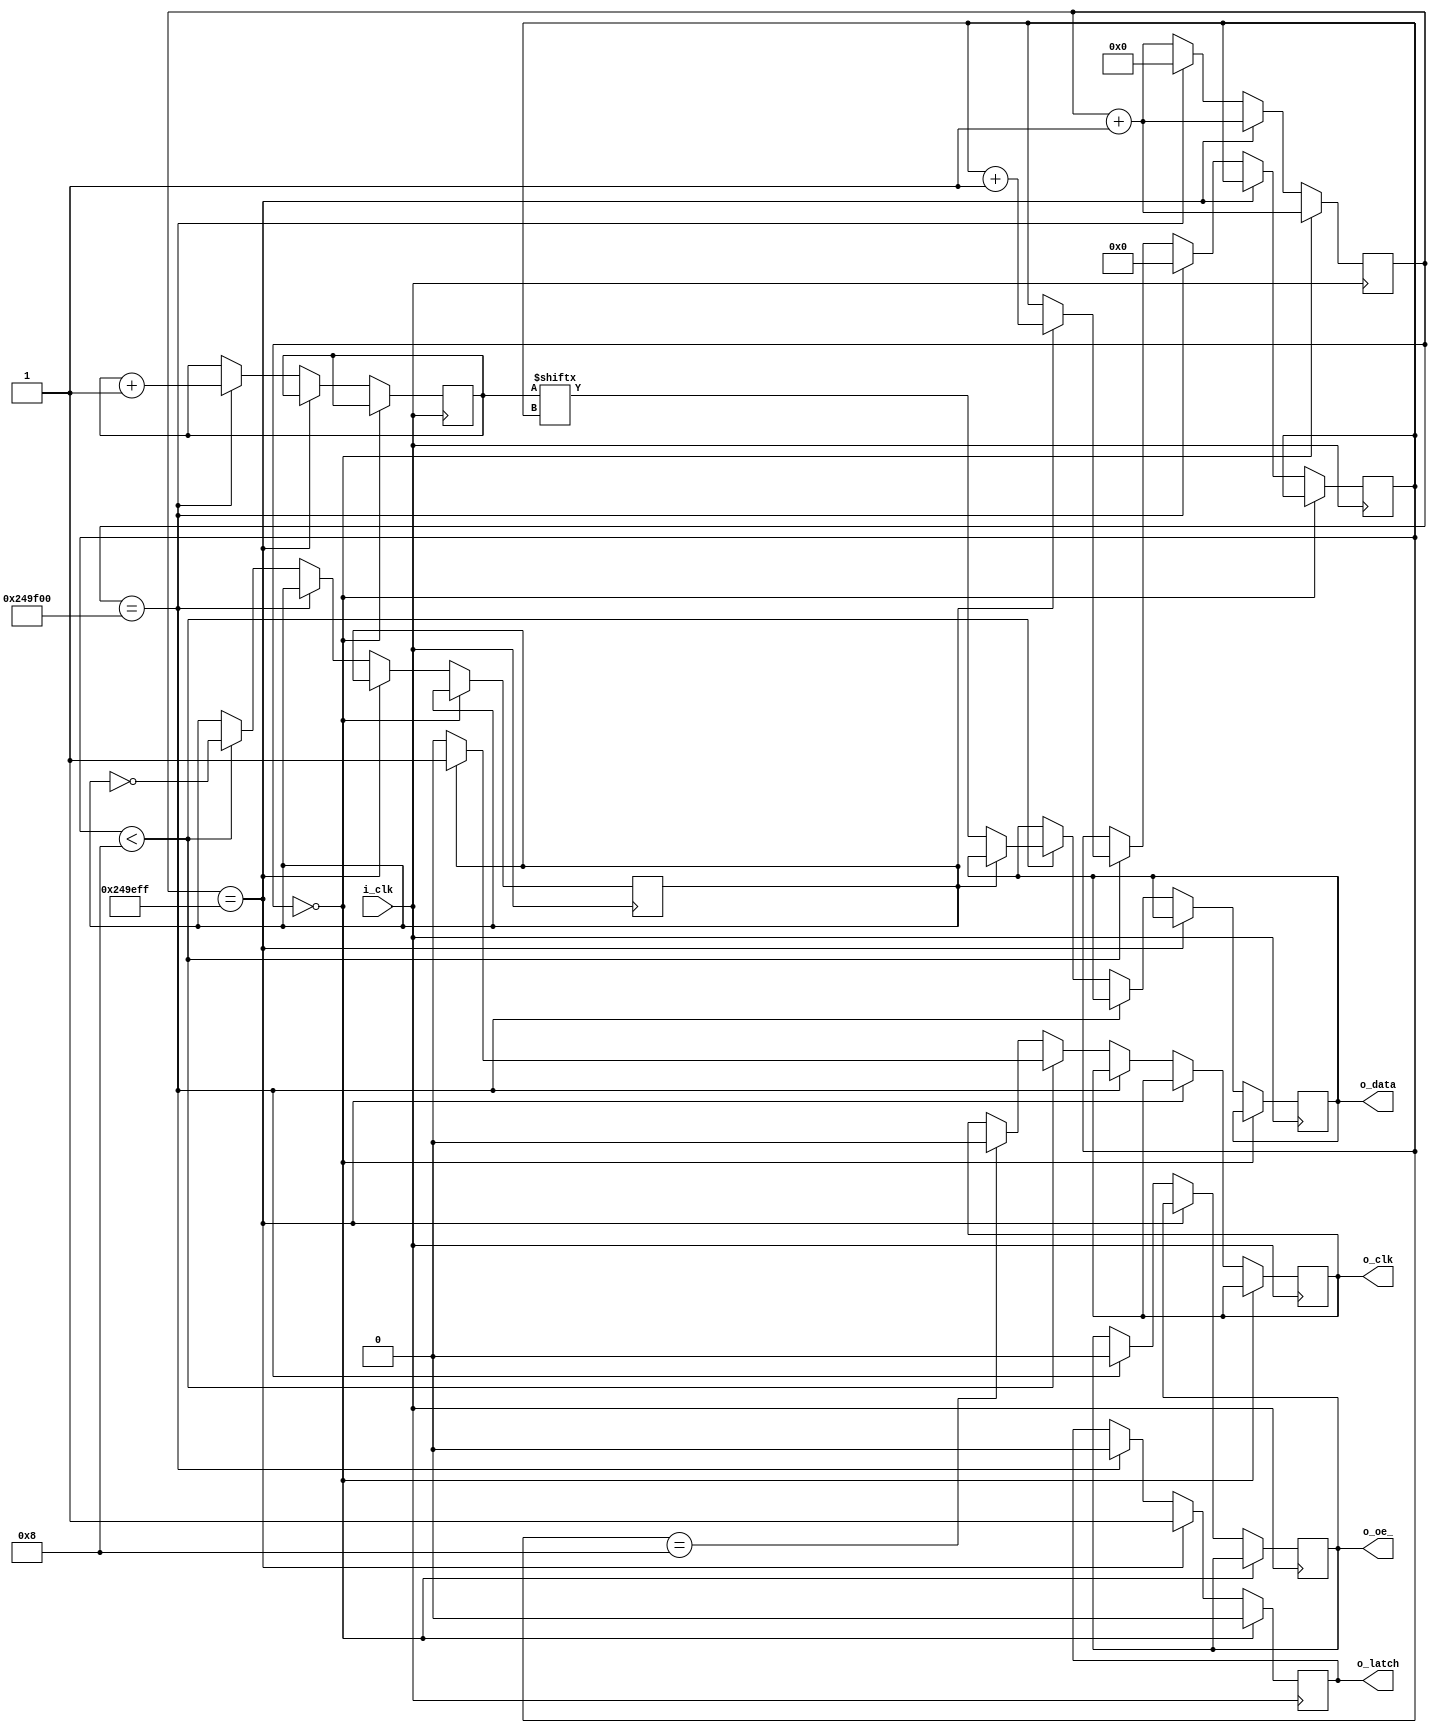
`timescale 1ns / 1ps

//Displays a sequence of binary digits on 8 leds driven by 74HC595 shift register

module shift_counter(
    input i_clk, //12MHz
    output o_clk,
    output o_latch,
    output o_data,
    output o_oe_
    );
    
    parameter update_ms = 200; //time in milliseconds between led changes (1 - 1,398)
    parameter ms_cycles = 12000; // Simulation: 1 -- Hardware: 12000
    parameter update_time = update_ms*ms_cycles;
    
    reg [23:0] update_counter = 0;
    reg [7:0] led_counter = 0;
    
    reg clk = 0;
    reg latch = 0;
    reg data = 0;
    reg oe_ = 1;
    reg data_step = 0; // 0: set shift data // 1: trigger shift clock
    reg [4:0] data_count = 0; //points to next position in counter register
    
    always @(posedge i_clk)
    begin
        update_counter <= update_counter+1;
        
        if (update_counter==0) latch <= 0;
        else if (update_counter==update_time-1) begin
            latch <= 1;            
        end
        else if (update_counter==update_time) begin
            led_counter <= led_counter + 1;
            latch <= 0;
            oe_ <= 0;
            data_count <= 0;
            update_counter <= 0;
        end
        else if (data_count<8) begin
            if (~data_step) begin
                data <= led_counter[data_count];
                clk <= 0;
            end
            else begin
                clk <= 1;
                data_count <= data_count + 1;
            end 
            data_step <= ~data_step;
        end
        else if (data_count==8) clk <= 0;
    end
    
    assign o_clk = clk;
    assign o_latch = latch;
    assign o_data = data;
    assign o_oe_ = oe_;
endmodule